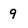
Character: 9